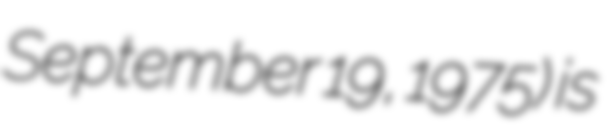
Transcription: September 19, 1975) is